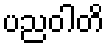
ပညဝါတိ